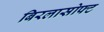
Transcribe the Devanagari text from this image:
बिरलासोफ्ट